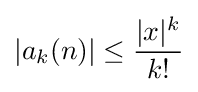
|a_{k}(n)|\leq {\frac {|x|^{k}}{k!}}